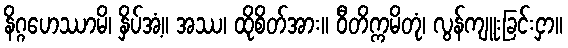
နိဂ္ဂဟေဿာမိ၊ နှိပ်အံ့။ အဿ၊ ထိုစိတ်အား။ ဝီတိက္ကမိတုံ၊ လွန်ကျူးခြင်းငှာ။